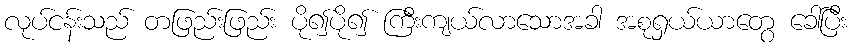
လုပ်ငန်းသည် တဖြည်းဖြည်း ပို၍ပို၍ ကြီးကျယ်လာသောအခါ အစုရှယ်ယာတွေ ခေါ်ပြီး